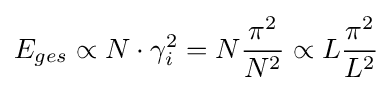
E_{ges}\propto N\cdot \gamma _{i}^{2}=N{\frac {\pi ^{2}}{N^{2}}}\propto L{\frac {\pi ^{2}}{L^{2}}}